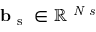
\mathbf { b } _ { \mathrm { ~ s ~ } } \in \mathbb { R } ^ { \textit { N s } }